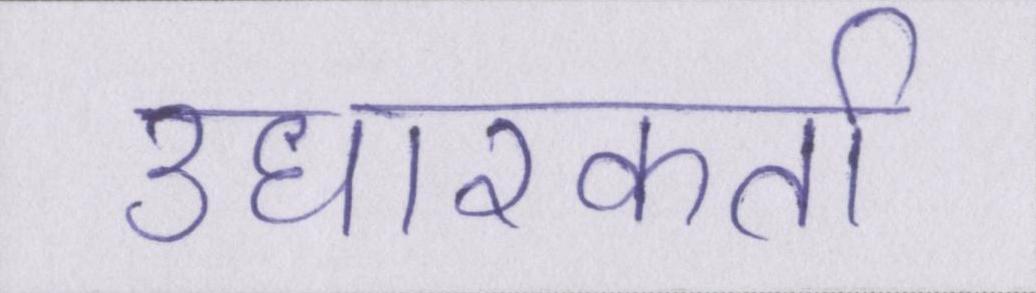
उधारकर्ता